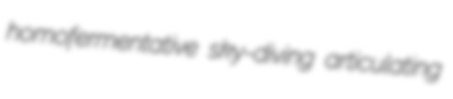
homofermentative sky-diving articulating